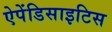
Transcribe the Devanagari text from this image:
ऐपेंडिसाइटिस